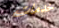
خدمات